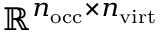
\mathbb { R } ^ { n _ { \mathrm { o c c } } \times n _ { \mathrm { v i r t } } }